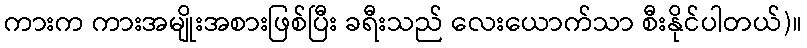
ကားက ကားအမျိုးအစားဖြစ်ပြီး ခရီးသည် လေးယောက်သာ စီးနိုင်ပါတယ်)။